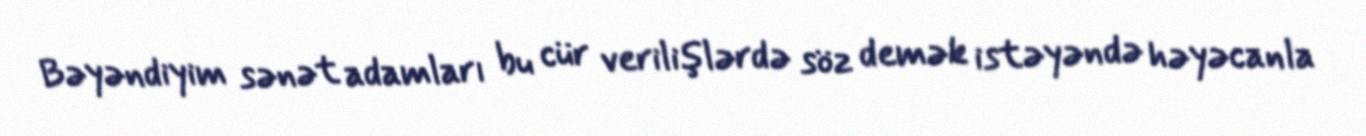
Bəyəndiyim sənət adamları bu cür verilişlərdə söz demək istəyəndə həyəcanla